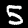
Digit: 5